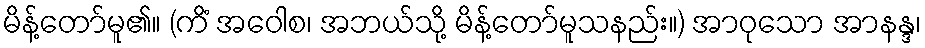
မိန့်တော်မူ၏။ (ကိံ အဝေါစ၊ အဘယ်သို့ မိန့်တော်မူသနည်း။) အာဝုသော အာနန္ဒ၊